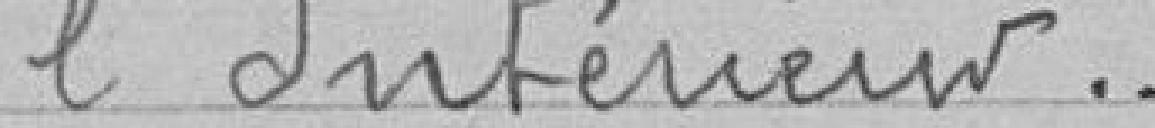
l'Intérieur